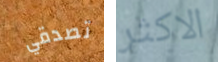
تصدقي الاكثر